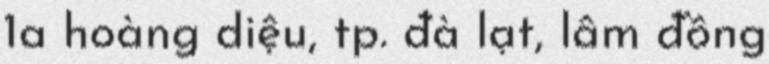
1a hoàng diệu, tp. đà lạt, lâm đồng